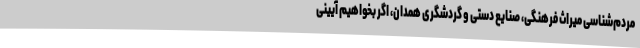
مردم‌شناسی میراث فرهنگی، صنایع دستی و گردشگری همدان، اگر بخواهیم آیینی